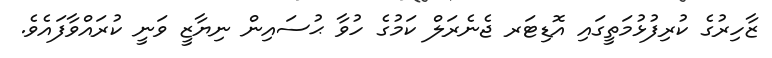
ޒާހިރުގެ ކުރިފުޅުމަތީގައި އޮޑިޓަރ ޖެނެރަލް ކަމުގެ ހުވާ ޙުސައިން ނިޔާޒީ ވަނީ ކުރައްވާފައެވެ.